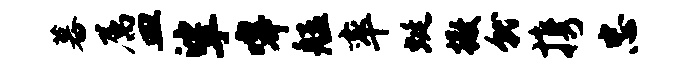
暮属皿挲嗥艋率蜓撒就携忠